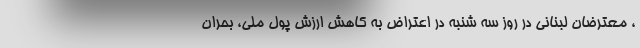
، معترضان لبنانی در روز سه شنبه در اعتراض به کاهش ارزش پول ملی، بحران